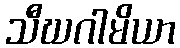
သီဃဂါမိယာ